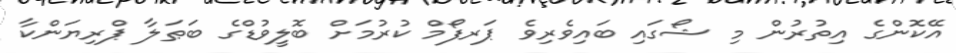
އޭކޮންގެ އިތުރުން މި ޝޯގައި ބައިވެރިވެ ޕަރފޯމް ކުރުމަށް ބޮލީވުޑްގެ ބަޠަލާ ޕްރިޔަންކާ